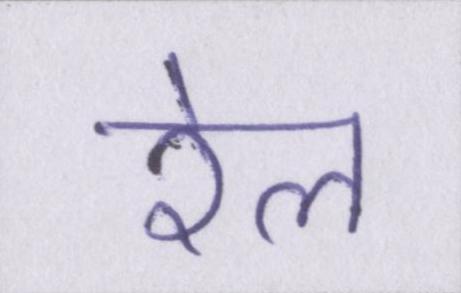
रेल